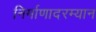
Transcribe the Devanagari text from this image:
निर्माणादरम्यान